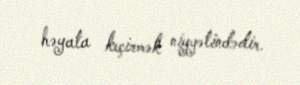
həyata keçirmək niyyətindədir.